Leaving Certificate Examination, 1916
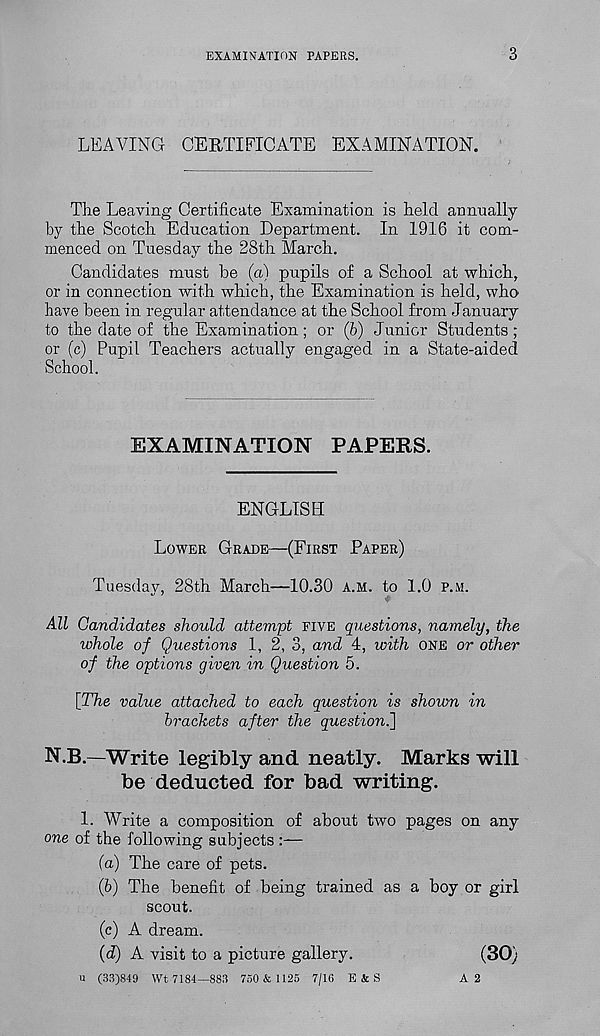
EXAMINATION PAPERS.
3
LEAVING CERTIFICATE EXAMINATION.
The Leaving Certificate Examination is held annually
by the Scotch Education Department. In 1916 it com-
menced on Tuesday the 28th March.
Candidates must be (a) pupils of a School at which,
or in connection with which, the Examination is held, who
have been in regular attendance at the School from January
to the date of the Examination; or (6) Junior Students;
or (c) Pupil Teachers actually engaged in a State-aided
School.
EXAMINATION PAPERS.
ENGLISH
LOWER GRADE—(FIRST PAPER)
Tuesday, 28th March—10.30 A.M. to 1.0 P.M.
All Candidates should attempt FIVE questions, namely, the
whole of Questions 1, 2, 3, and 4, with ONE or other
of the options given in Question 5.
[The value attached to each question is shown in
brackets after the question^]
N.B.—Write legibly and neatly. Marks will
be deducted for bad writing.
1. Write a composition of about two pages on any
one of the following subjects :—
(a) The care of pets.
(b) The benefit of being trained as a boy or girl
scout.
(c) A dream.
(d) A visit to a picture gallery.
(30)
u (33)849 Wt 7184—883 750 & 1125 7/16 E & S
A 2